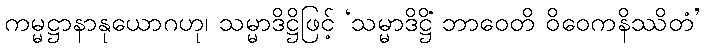
ကမ္မဋ္ဌာနာနုယောဂဟု၊ သမ္မာဒိဋ္ဌိဖြင့် ‘သမ္မာဒိဋ္ဌိံ ဘာဝေတိ ဝိဝေကနိဿိတံ’